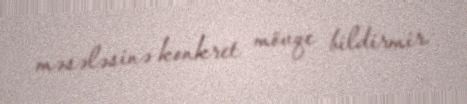
məsələsinə konkret mövqe bildirmir.